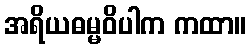
အရိယဓမ္မဝိပါက ကထာ။